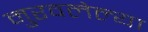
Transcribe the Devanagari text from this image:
मुरवलेल्या